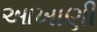
આખાણી